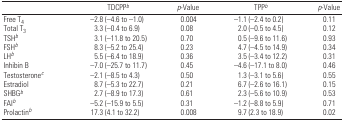
<table><thead><tr><td></td><td><b>TDCPPb</b></td><td><b><i>p</i>-Value</b></td><td><b>TPPb</b></td><td><b><i>p</i>-Value</b></td></tr></thead><tbody><tr><td>Free T<sub>4</sub></td><td>−2.8 (−4.6 to −1.0)</td><td>0.004</td><td>−1.1 (−2.4 to 0.2)</td><td>0.11</td></tr><tr><td>Total T<sub>3</sub></td><td>3.3 (−0.4 to 6.9)</td><td>0.08</td><td>2.0 (−0.5 to 4.5)</td><td>0.12</td></tr><tr><td>TSHb</td><td>3.1 (−11.8 to 20.5)</td><td>0.70</td><td>0.5 (−9.6 to 11.6)</td><td>0.93</td></tr><tr><td>FSHb</td><td>8.3 (−5.2 to 25.4)</td><td>0.23</td><td>4.7 (−4.5 to 14.9)</td><td>0.34</td></tr><tr><td>LHb</td><td>5.5 (−6.4 to 18.9)</td><td>0.36</td><td>3.5 (−3.4 to 12.2)</td><td>0.31</td></tr><tr><td>Inhibin B</td><td>−7.0 (−25.7 to 11.7)</td><td>0.45</td><td>−4.6 (−17.1 to 8.0)</td><td>0.46</td></tr><tr><td>Testosteronec</td><td>−2.1 (−8.5 to 4.3)</td><td>0.50</td><td>1.3 (−3.1 to 5.6)</td><td>0.55</td></tr><tr><td>Estradiol</td><td>8.7 (−5.3 to 22.7)</td><td>0.21</td><td>6.7 (−2.6 to 16.1)</td><td>0.15</td></tr><tr><td>SHBGb</td><td>2.7 (−8.9 to 17.3)</td><td>0.61</td><td>2.3 (−5.6 to 10.9)</td><td>0.53</td></tr><tr><td>FAIb</td><td>−5.2 (−15.9 to 5.5)</td><td>0.31</td><td>−1.2 (−8.8 to 5.9)</td><td>0.71</td></tr><tr><td>Prolactinb</td><td>17.3 (4.1 to 32.2)</td><td>0.008</td><td>9.7 (2.3 to 18.9)</td><td>0.02</td></tr></tbody></table>